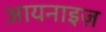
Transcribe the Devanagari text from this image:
आयनाइज़